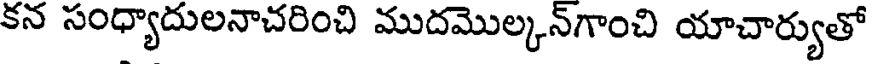
కన సంధ్యాదులనాచరించి ముదమొల్కన్గాంచి యాచార్యుతో